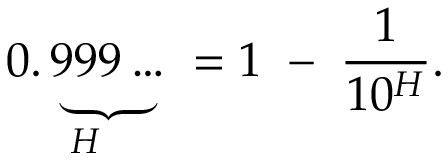
{ \underset { H } { 0 . \underbrace { 9 9 9 \ldots } } } \; = 1 \; - \; { \frac { 1 } { 1 0 ^ { H } } } .